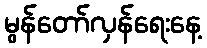
မွန်တော်လှန်ရေးနေ့